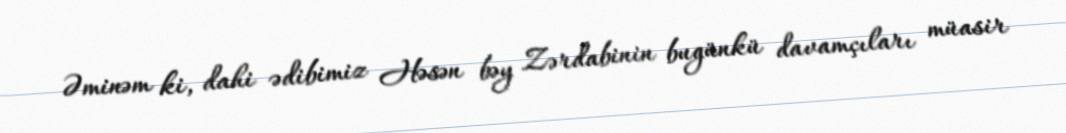
Əminəm ki, dahi ədibimiz Həsən bəy Zərdabinin bugünkü davamçıları müasir